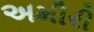
અમીરી